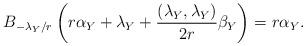
LaTeX: \begin{align*}B_{-\lambda_Y/r}\left(r\alpha_Y+\lambda_Y+\frac{(\lambda_Y,\lambda_Y)}{2r}\beta_Y\right)=r\alpha_Y.\end{align*}